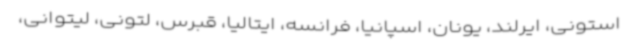
استونی، ایرلند، یونان، اسپانیا، فرانسه، ایتالیا، قبرس، لتونی، لیتوانی،